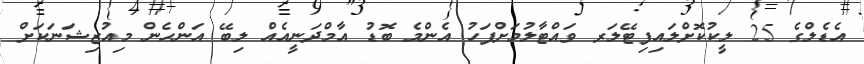
އެޑެލްގެ 25 ލީކުކޮށްލައިފިޓޭލަރ ވައްޓާލުމަށްފަހު އެންމެ ބޮޑު އާމްދަނީއެއް ލިބޭ އަންހެން މިއުޒިޝަނަކަށް